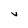
Character: V